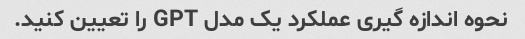
نحوه اندازه گیری عملکرد یک مدل GPT را تعیین کنید.